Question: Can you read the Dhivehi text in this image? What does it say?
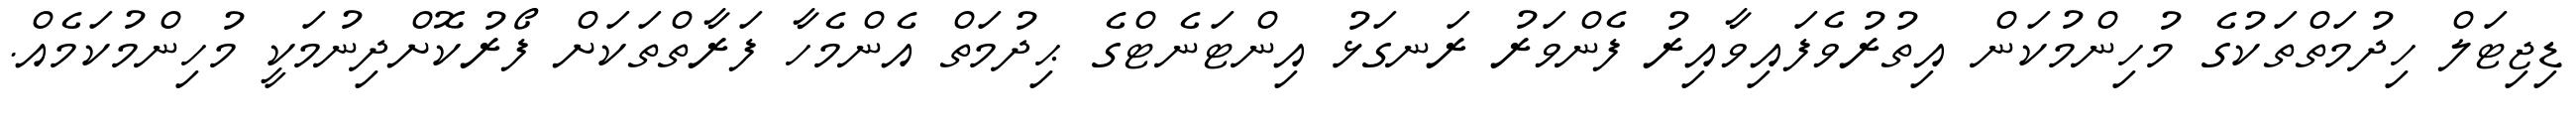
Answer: ޑިޖިޓަލް ހިދުމަތްތަކުގެ މުހިންމުކަން އިތުރުވެފައިވާއިރު ފެންވަރު ރަނގަޅު އިންޓަނެޓްގެ ޙިދުމަތް އެންމެހާ ފަރާތްތަކަށް ފޯރުކޮށްދިނުމަކީ މުހިންމުކަމެއް.